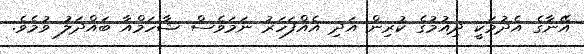
އޭނާގެ އެދުމަކީ ދިއުމުގެ ކުރިން އަދި އެއްފަހަރު ނަމަވެސް ޝާހަމްއާ ބައްދަލު ވުމެވެ.